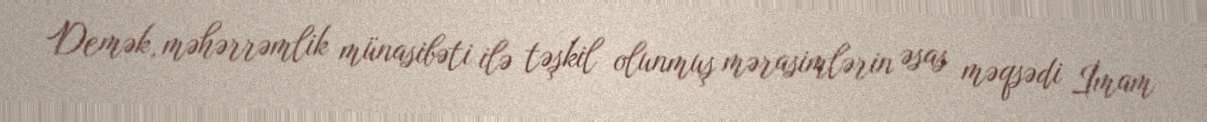
Demək, məhərrəmlik münasibəti ilə təşkil olunmuş mərasimlərin əsas məqsədi İmam